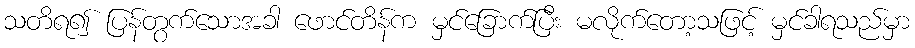
သတိရ၍ ပြန်တွက်သောအခါ ဖောင်တိန်က မှင်ခြောက်ပြီး မလိုက်တော့သဖြင့် မှင်ခါရသည်မှာ